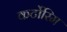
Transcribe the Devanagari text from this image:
कर्टोरिम